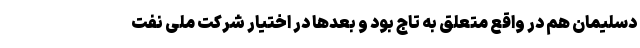
دسلیمان هم در واقع متعلق به تاج بود و بعدها در اختیار شرکت ملی نفت